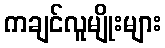
ကချင်လူမျိုးများ